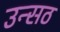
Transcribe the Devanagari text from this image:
उन्सठ